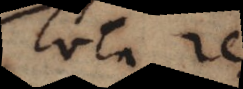
Tota res